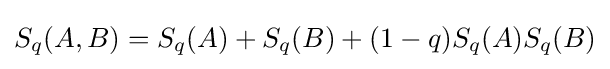
S_{q}(A,B)=S_{q}(A)+S_{q}(B)+(1-q)S_{q}(A)S_{q}(B)